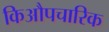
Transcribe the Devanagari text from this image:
किऔपचारिक